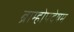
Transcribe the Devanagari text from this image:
ब्राम्होपदेषम